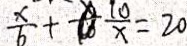
\frac { x } { 6 } + \frac { 1 0 } { x } = 2 0